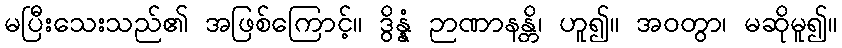
မပြီးသေးသည်၏ အဖြစ်ကြောင့်။ ဒွိန္နံ ဉာဏာနန္တိ၊ ဟူ၍။ အဝတွာ၊ မဆိုမူ၍။